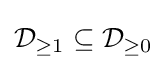
{\mathcal {D}}_{\geq 1}\subseteq {\mathcal {D}}_{\geq 0}